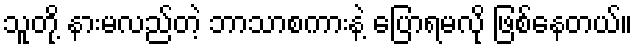
သူတို့ နားမလည်တဲ့ ဘာသာစကားနဲ့ ပြောရမလို ဖြစ်နေတယ်။